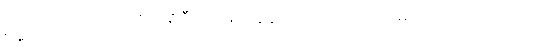
ဓမ္မတာဂုဏ်တော်ကို။ ပရိဒီပယမာနေန၊ ထင်ရှားပြတော်မူသော။ ဘဂဝတာ၊